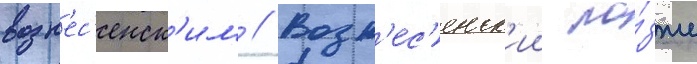
возн'ес'енск'им // Возн'ес'енск'ии по́зже